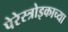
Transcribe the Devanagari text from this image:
पेरेस्त्रोइकाच्या